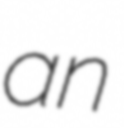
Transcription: an